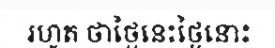
រហូត ថាថ្ងៃនេះថ្ងៃនោះ